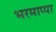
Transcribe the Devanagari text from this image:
भरमाप्पा